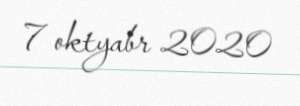
7 oktyabr 2020